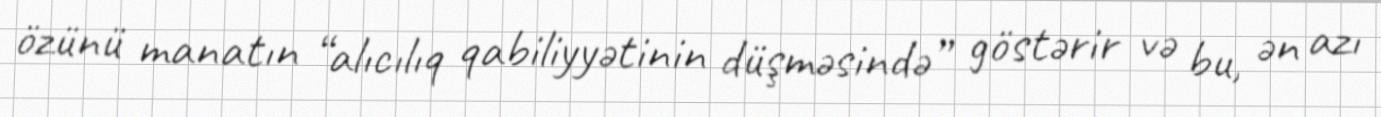
özünü manatın “alıcılıq qabiliyyətinin düşməsində” göstərir və bu, ən azı